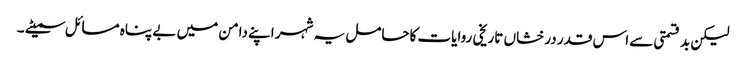
لیکن بد قسمتی سے اس قدر درخشاں تاریخی روایات کاحامل یہ شہر اپنے دامن میں بے پناہ مسائل سمیٹے ۔